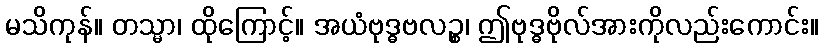
မသိကုန်။ တသ္မာ၊ ထိုကြောင့်။ အယံဗုဒ္ဓဗလဉ္စ၊ ဤဗုဒ္ဓဗိုလ်အားကိုလည်းကောင်း။